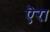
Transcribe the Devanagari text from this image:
ऎरा